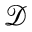
\mathcal { D }